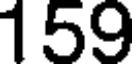
159